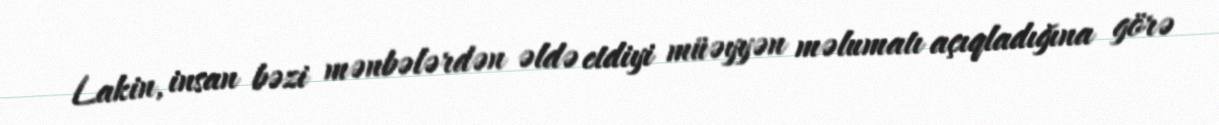
Lakin, insan bəzi mənbələrdən əldə etdiyi müəyyən məlumatı açıqladığına görə